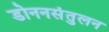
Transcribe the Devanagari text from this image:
डोननसंतुलन